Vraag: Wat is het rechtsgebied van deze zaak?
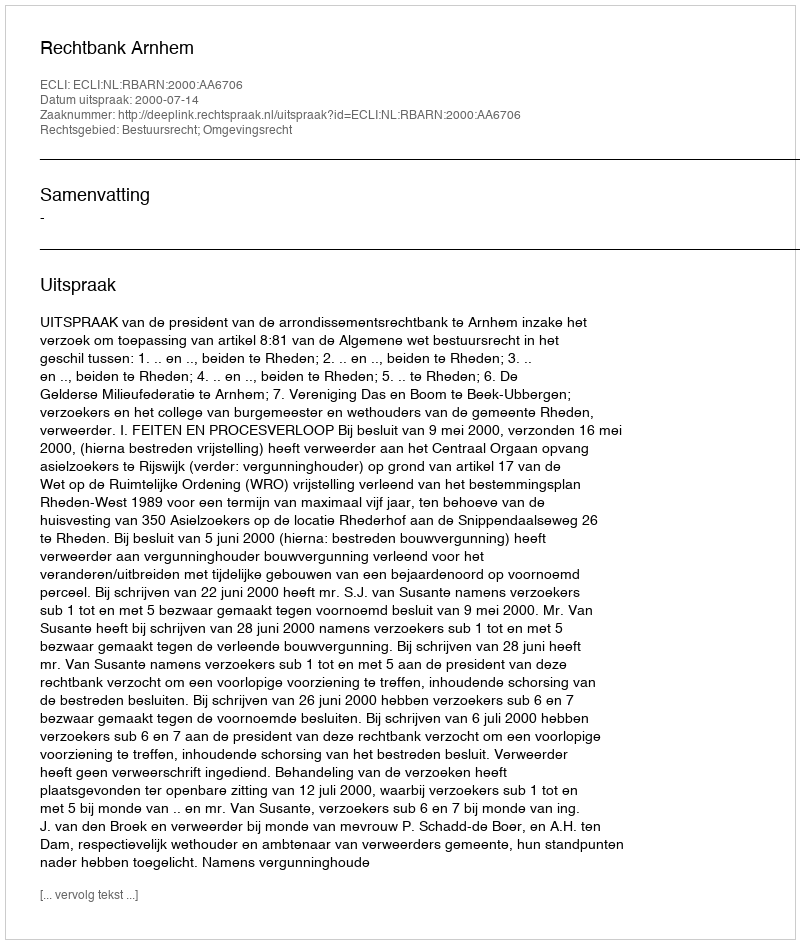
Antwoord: Bestuursrecht; Omgevingsrecht